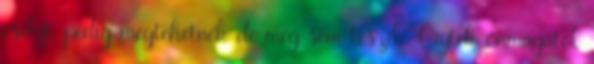
esélyt, pedig megtehetnék de még sem teszik. Crytek önmagától